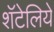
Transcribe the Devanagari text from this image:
शॅटेलिये